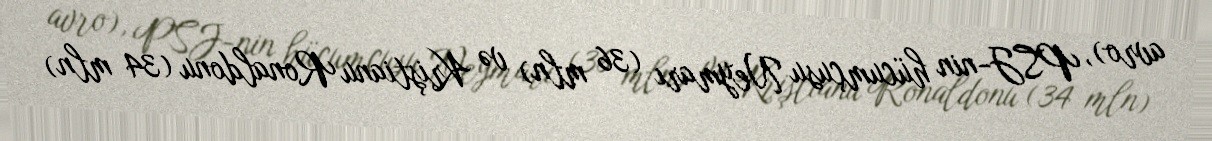
avro), PSJ-nin hücumçusu Neymarı (36 mln) və Kriştianu Ronaldonu (34 mln)